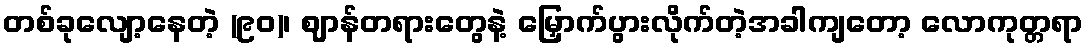
တစ်ခုလျော့နေတဲ့ (၉၀)၊ ဈာန်တရားတွေနဲ့ မြှောက်ပွားလိုက်တဲ့အခါကျတော့ လောကုတ္တရာ